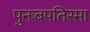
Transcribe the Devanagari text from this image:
पुनःबपतिस्मा